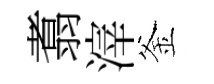
翥滓釜